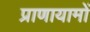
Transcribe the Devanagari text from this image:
प्राणायामों